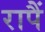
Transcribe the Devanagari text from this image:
रापैं